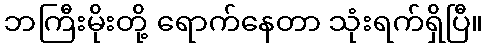
ဘကြီးမိုးတို့ ရောက်နေတာ သုံးရက်ရှိပြီ။